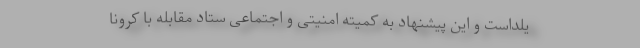
یلداست و این پیشنهاد به کمیته امنیتی و اجتماعی ستاد مقابله با کرونا